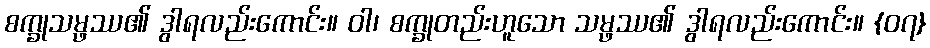
စက္ခုသမ္ဖဿ၏ ဒွါရလည်းကောင်း။ ဝါ၊ စက္ခုတည်းဟူသော သမ္ဖဿ၏ ဒွါရလည်းကောင်း။ {၀၇}